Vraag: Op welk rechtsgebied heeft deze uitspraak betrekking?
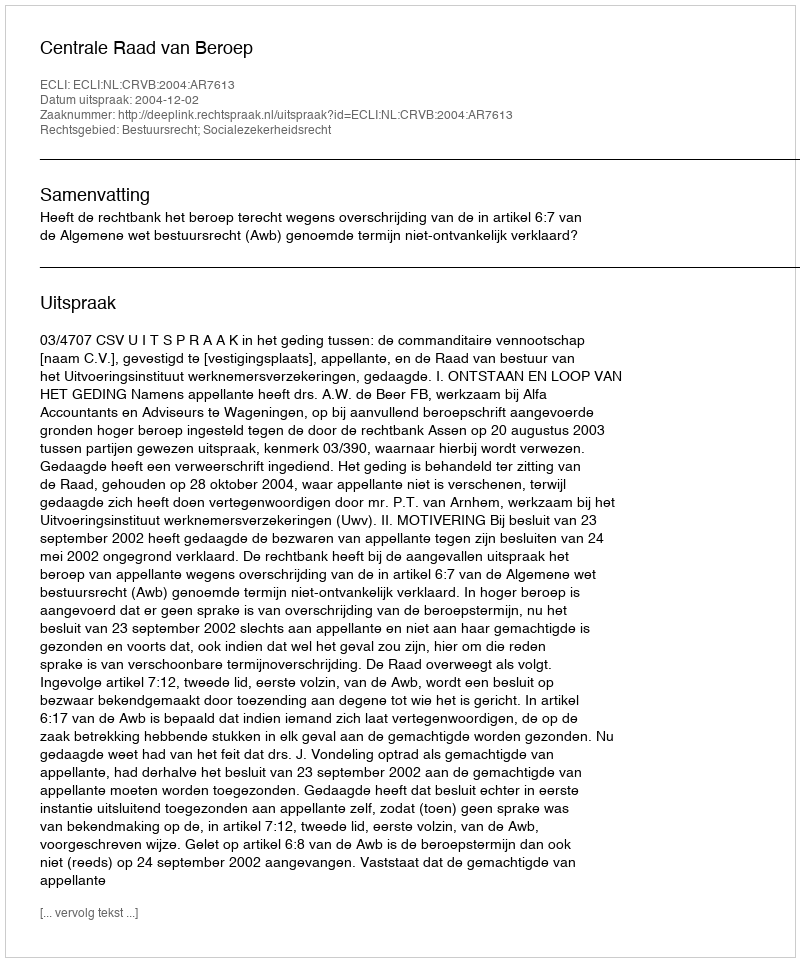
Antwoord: Bestuursrecht; Socialezekerheidsrecht